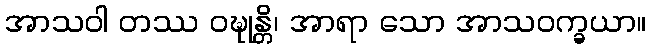
အာသဝါ တဿ ဝဍ္ဎုန္တိ၊ အာရာ သော အာသဝက္ခယာ။